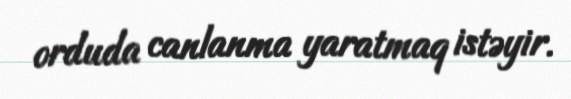
orduda canlanma yaratmaq istəyir.